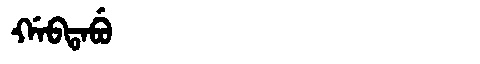
Manchu: ᡤᠠᠪᡨᠠᠪᡠ
Romanization: GABTABU